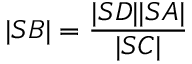
| S B | = { \frac { | S D | | S A | } { | S C | } }